Indian journal of veterinary science and animal husbandry - Volume 1,
Year: 1931
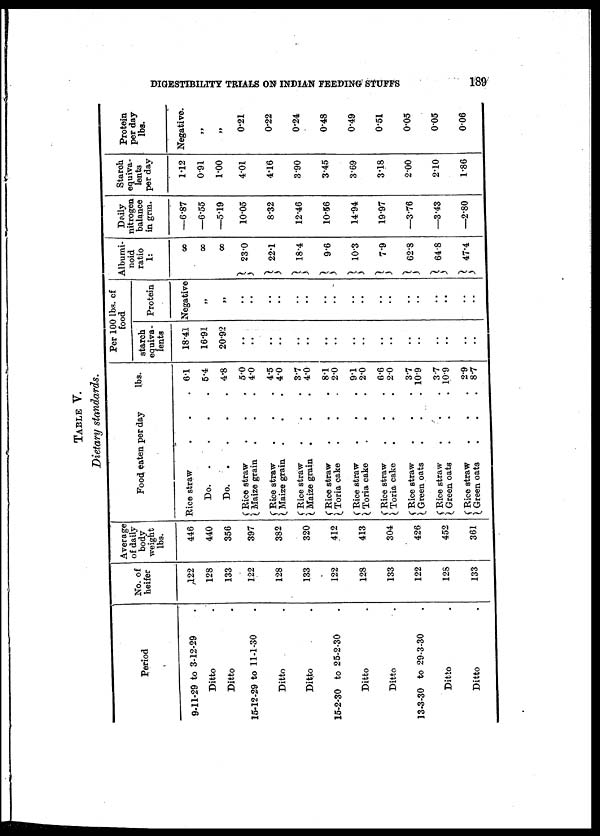
DIGESTIBILITY TRIALS ON INDIAN FEEDING STUFFS
189
TABLE V.
Dietary standards.
Period
9-11-29 to 3-12-29
Ditto
Ditto
15-12-29 to 11-1-30
Ditto
Ditto
15-2-30 to 25-2-30
Ditto
Ditto
13-3-30 to 29-3-30
Ditto
Ditto
No. of
heifer
122
128
133
122
128
133
122
128
133
122
128
133
Average
of daily
body-
weight
lbs.
446
440
356
397
382
320
412
413
304
426
452
361
Food eaten per day
lbs.
Rice straw
Do.
.
Do.
.
Rice straw
{ Maize grain
{ Rice straw
Maize grain
{ Rice straw
Maize grain
{ Rice straw
Toria cake
{ Rice straw
Toria cake
{Rice straw
Toria cake
{ Rice straw
Green oats
{ Rice straw
Green oats
{ Rice straw
Green oats
. 6.1
. 5.4
. 4.8
, 5.0
. 4.0
. 4.5
. 4.0
. 3.7
. 4.0
. 8.1
2.0
. 9.1
. 2.0
. 6.6
. 2.0
. 3.7
. 10.9
. 3.7
. 10.9
. 2.9
. 8.7
Per 100 lbs. of
food
starch
equiva-
lents
18.41
16.91
20.92
..
..
..
..
..
..
..
..
..
Protein
Negative
..
..
..
..
..
..
..
..
..
..
..
..
..
..
..
..
..
..
..
..
Albumi-
noid
ratio
1:
8
8
8
} 23.0
} 22.1
} 18.4
} 9.6
} 10.3
} 7.9
] 62.8
} 64.8
47.4
Daily
nitrogen
balance
in grm.
—6.87
—6.55
—5.19
10.05
8.32
12.46
10.56
14.94
19.97
—3.76
—3.43
—2.80
Staroh
equiva-
lents
per day
1.12
0.91
1.00
4.01
4.16
3.90
3.45
3.69
3.18
2.00
2.10
1.86
Protein
per day
lbs.
Negative.
„
„
0.21
0.22
0.24
0.48
0.49
0.51
0.05
0.05
0.06